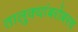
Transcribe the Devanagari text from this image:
तालुक्यांबरोबरच